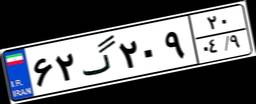
۰۳گ۳۴۵۶۴